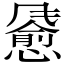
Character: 𫗄